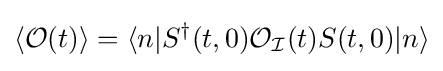
{\begin{aligned}\langle {\mathcal {O}}(t)\rangle &=\langle n|{S}^{\dagger }(t,0){\mathcal {O_{I}}}(t)S(t,0)|n\rangle \\\end{aligned}}